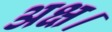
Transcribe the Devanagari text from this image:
अक्ष।